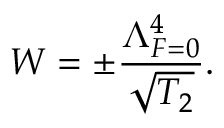
W = \pm \frac { \Lambda _ { F = 0 } ^ { 4 } } { \sqrt { T _ { 2 } } } .